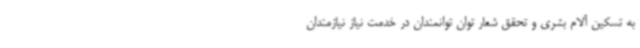
به تسکین آلام بشری و تحقق شعار توان توانمندان در خدمت نیاز نیازمندان